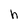
Character: h